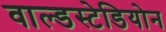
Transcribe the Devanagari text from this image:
वाल्डस्टेडियोन